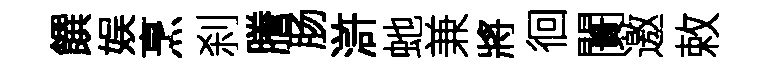
饌娱烹刹謄肠滸虵兼將徊闠邀敕